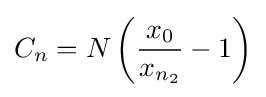
C_{n}=N\left({\frac {x_{0}}{x_{n_{2}}}}-1\right)